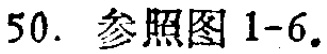
50. 参照图 1-6。